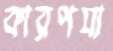
কারণযা